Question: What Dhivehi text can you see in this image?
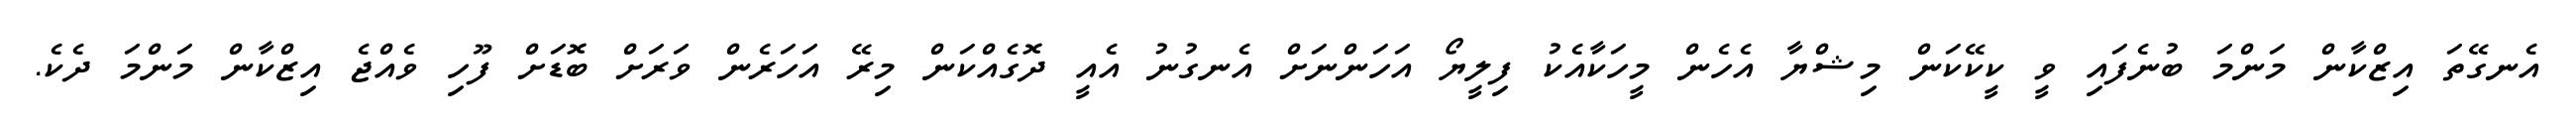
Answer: އެނގޭތަ އިޒްކާން މަންމަ ބުނެފައި ވީ ކީކޭކަން މިޝްޔާ އެހެން މީހަކާއެކު ފިލީޔޯ އަހަންނަށް އެނގުނު އެއީ ދޮގެއްކަން މިރޭ އަހަރެން ވަރަށް ބޮޑަށް ފޫހި ވެއްޖެ އިޒްކާން މަންމަ ދެކެ.